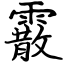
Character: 霰